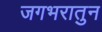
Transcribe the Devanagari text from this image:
जगभरातुन